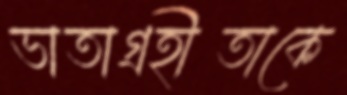
ভাতাগ্রহীতাকে